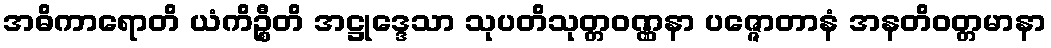
အဓိကာရောတိ ယံကိဉ္စီတိ အဋ္ဌုဒ္ဒေသာ သုပတိသုတ္တဝဏ္ဏနာ ပဇ္ဇောတာနံ အနတိဝတ္တမာနာ